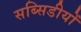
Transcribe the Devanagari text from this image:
सब्सिडीयों